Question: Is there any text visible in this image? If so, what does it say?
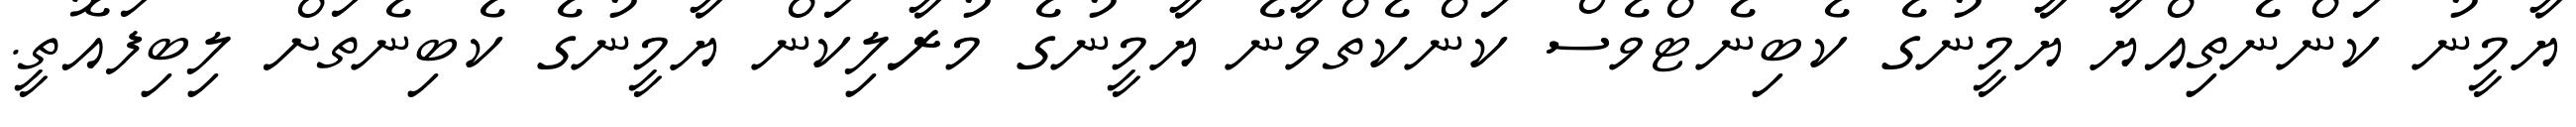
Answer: ޔާމީނު ކަންނެތިއްޔާ ޔާމީނުގެ ކެބިނެޓްވެސް ކަންކެތްވާނެ ޔާމީނުގެ މުރާލިކަން ޔާމީނުގެ ކެބިނެތަށް ލިބިފައޮތީ.